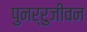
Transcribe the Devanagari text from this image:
पुनर्रुजीवन